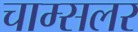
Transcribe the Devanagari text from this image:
चाम्सलर